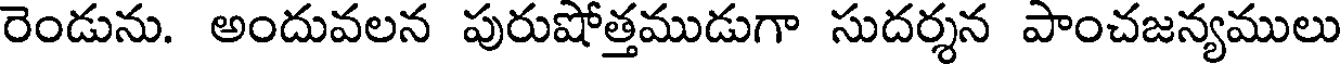
రెండును. అందువలన పురుషోత్తముడుగా సుదర్శన పాంచజన్యములు